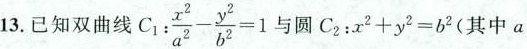
13.已知双曲线$$C_{1}: \frac{x^{2}}{a^{2}}-\frac{y^{2}}{b^{2}}=1$$与圆$$C_{2}: x^{2}+y^{2}=b^{2}$$（其中a